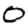
Digit: 0